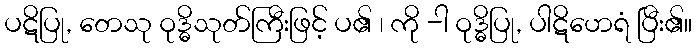
ပဋိပြု, တေသု ဝုဒ္ဓိသုတ်ကြီးဖြင့် ပ၏ ၊ ကို -ါ ဝုဒ္ဓိပြု, ပါဋိဟေရံ ပြီး၏။